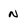
Character: n